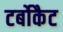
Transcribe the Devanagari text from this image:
टर्बोकैट